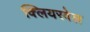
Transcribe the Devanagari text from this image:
क्लियरवेल